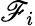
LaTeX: \mathscr{F}_{i}